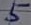
Text: 5